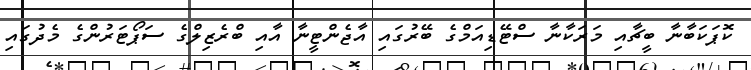
ކޮޕަކަބާނާ ބީޗާއި މަރަކާނާ ސްޓޭޑިއަމްގެ ބޭރުގައި އާޖެންޓީނާ އާއި ބްރެޒިލްގެ ސަޕޯޓަރުންގެ މެދުގައި